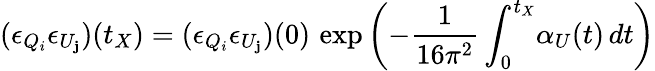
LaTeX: (\epsilon_{Q_{i}}\epsilon_{U_{\mathbf{j}}})(t_{X})=(\epsilon_{Q_{i}}\epsilon_{U_{\mathbf{j}}})(0)\, \exp\left(-\frac{{1}}{{16\pi^{2}}}\int_{0}^{t_{X}}\! \alpha_{U}(t)\, dt\right)